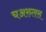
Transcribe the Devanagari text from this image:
चअरुलस